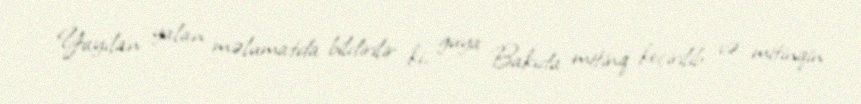
Yayılan yalan məlumatda bildirilir ki, guya Bakıda mitinq keçirilib və mitinqin